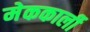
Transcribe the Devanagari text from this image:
मेककार्ली